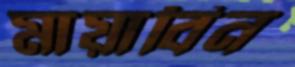
মায়াবিন